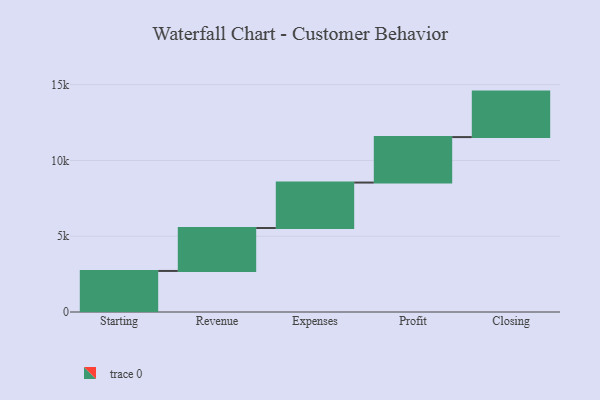
{"axis": {"x": "Step", "y": "Value"}, "legend": [""], "data": [{"x": "Starting", "y": 2708.0, "type": ""}, {"x": "Revenue", "y": 2831.0, "type": ""}, {"x": "Expenses", "y": 3000, "type": ""}, {"x": "Profit", "y": 3000, "type": ""}, {"x": "Closing", "y": 3000, "type": ""}]}